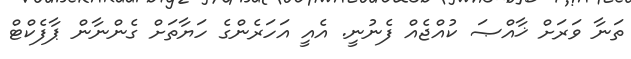
ތަނާ ވަރަށް ޚާއްޞަ ކުއްޖެއް ފެނުނީ. އެއީ އަހަރެންގެ ހަޔާތަށް ގެންނާން ޕާފެކްޓް